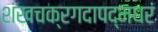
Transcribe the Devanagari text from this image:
शंखचक्रगदापद्मधरं